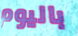
باليوم